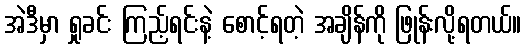
အဲဒီမှာ ရှုခင်း ကြည့်ရင်းနဲ့ စောင့်ရတဲ့ အချိန်ကို ဖြုန်းလို့ရတယ်။